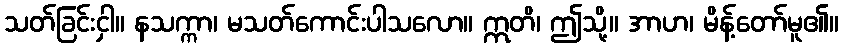
သတ်ခြင်းငှါ။ နသက္ကာ၊ မသတ်ကောင်းပါသလော။ ဣတိ၊ ဤသို့။ အာဟ၊ မိန့်တော်မူ၏။